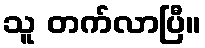
သူ တက်လာပြီ။